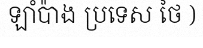
ឡាំប៉ាង ប្រទេស ថៃ )